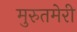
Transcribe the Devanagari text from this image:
मुरुतमेरी